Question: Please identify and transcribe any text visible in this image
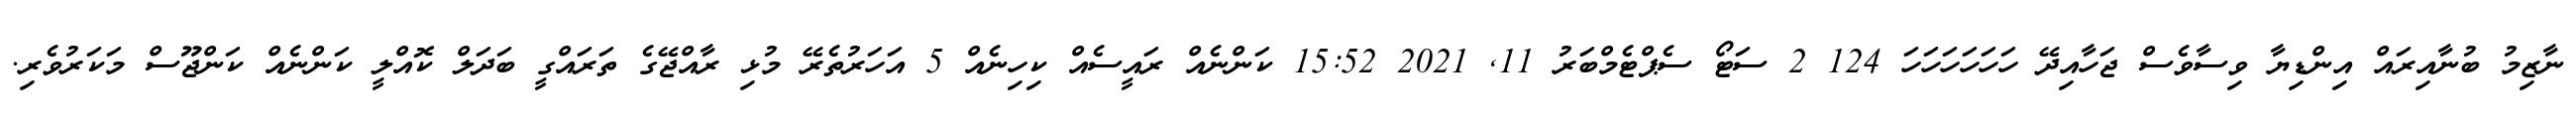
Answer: ނާޒިމު ބުނާއިރައް އިންޑިޔާ ވިސާވެސް ޖަހާއިދޭ ހަހަހަހަހަހަ 124 2 ސަޓޯ ސެޕްޓެމްބަރު 11, 2021 15:52 ކަންނެއް ރައީސެއް ކިހިނެއް 5 އަހަރުތެރޭ މުޅި ރާއްޖޭގެ ތަރައްގީ ބަދަލް ކޮއްލީ ކަންނެއް ކަންޖޫސް މަކަރުވެރި.